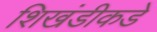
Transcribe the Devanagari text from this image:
शिखंडीकडे